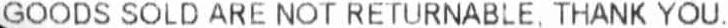
GOODS SOLD ARE NOT RETURNABLE. THANK YOU.